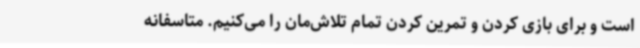
است و برای بازی کردن و تمرین کردن تمام تلاش‌مان را می‌کنیم. متاسفانه